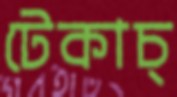
টেকাচ্